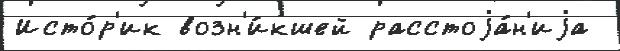
Исто́р'ик возн'и́кшей расстоjа́н'иjа